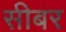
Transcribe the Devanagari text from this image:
सीबर